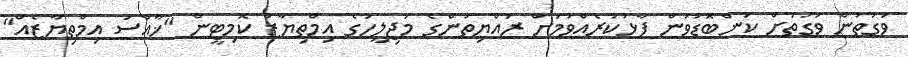
ވަގުތުން ވަގުތަށް ކަންބޮޑުވުން ފާޅުކުރެއްވުމަށް ރައްޔިތުންގެ މަޖިލީހުގެ އިމްތިޔާޒު ކޮމިޓީން "ޚާއްސަ އިމްތިޔާޒެއް"